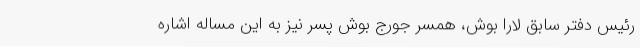
رئیس دفتر سابق لارا بوش، همسر جورج بوش پسر نیز به این مساله اشاره